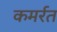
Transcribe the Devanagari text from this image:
कमर्रत